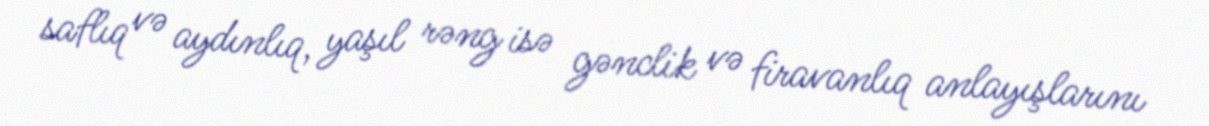
saflıq və aydınlıq, yaşıl rəng isə gənclik və firavanlıq anlayışlarını